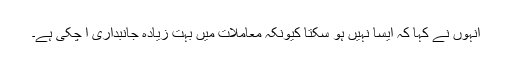
انہوں نے کہا کہ ایسا نہیں ہو سکتا کیونکہ معاملات میں بہت زیادہ جانبداری آ چکی ہے۔